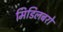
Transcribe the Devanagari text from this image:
मिडिलबरो